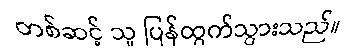
တစ်ဆင့် သူ ပြန်ထွက်သွားသည်။